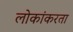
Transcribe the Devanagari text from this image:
लोकांकरता